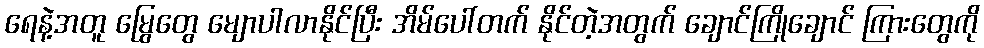
ရေနဲ့အတူ မြွေတွေ မျောပါလာနိုင်ပြီး အိမ်ပေါ်တက် နိုင်တဲ့အတွက် ချောင်ကြိုချောင် ကြားတွေကို